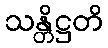
သန္တိဋ္ဌတိ